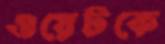
ওয়েটকে